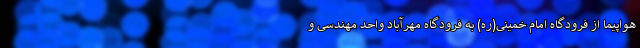
هواپیما از فرودگاه امام خمینی(ره) به فرودگاه مهرآباد واحد مهندسی و